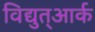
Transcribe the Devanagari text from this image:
विद्युत्आर्क